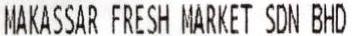
MAKASSAR FRESH MARKET SDN BHD